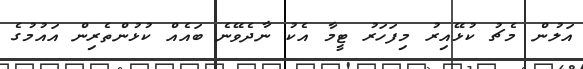
އަލުން މެޗު ކުޅޭއިރު މިފަހަރު ޓީމާ އެކު ނާދެވޭނެ ބައެއް ކުޅުންތެރިން އައުމުގެ